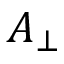
A _ { \bot }